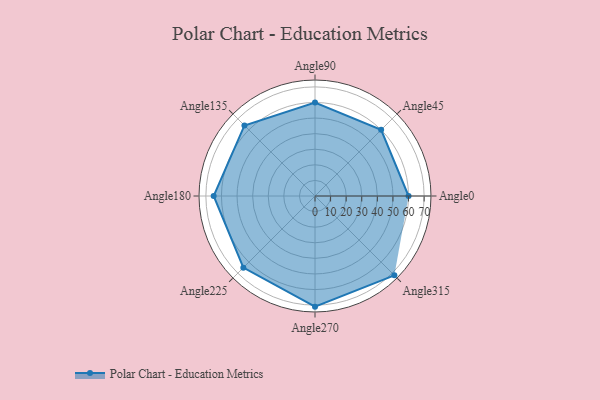
{"axis": {"x": "Angle", "y": "Radius"}, "legend": [""], "data": [{"x": "Angle0", "y": 60.0, "type": ""}, {"x": "Angle45", "y": 60.0, "type": ""}, {"x": "Angle90", "y": 60.0, "type": ""}, {"x": "Angle135", "y": 64.0, "type": ""}, {"x": "Angle180", "y": 65.0, "type": ""}, {"x": "Angle225", "y": 65.0, "type": ""}, {"x": "Angle270", "y": 71.0, "type": ""}, {"x": "Angle315", "y": 72.0, "type": ""}]}